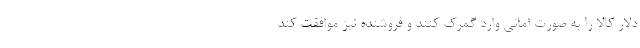
دلار کالا را به صورت امانی وارد گمرک کنند و فروشنده نیز موافقت کند